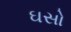
ઘસો